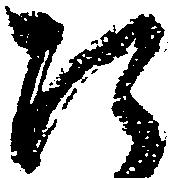
た